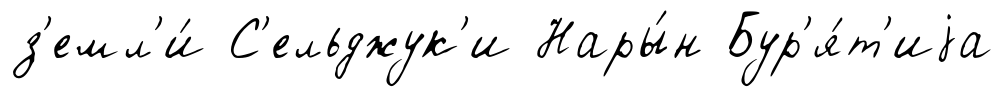
з'емл'и́ С'ельджук'и Нары́н Бур'я́т'иjа